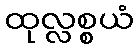
ထုလ္လစ္စယံ